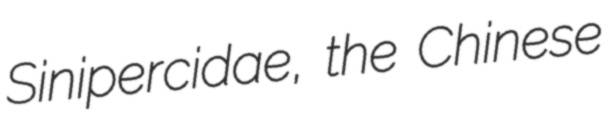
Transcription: Sinipercidae, the Chinese